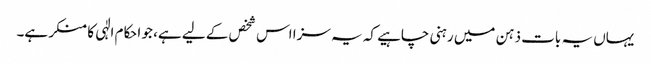
یہاں یہ بات ذہن میں رہنی چاہیے کہ یہ سزا اس شخص کے لیے ہے، جو احکام الٰہی کا منکر ہے۔